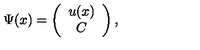
\Psi ( x ) = \left( \begin{array} { c } { u ( x ) } \\ { C } \\ \end{array} \right) ,